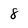
Character: 8